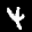
Label: 4